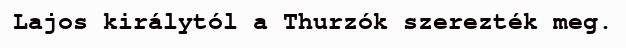
Lajos királytól a Thurzók szerezték meg.